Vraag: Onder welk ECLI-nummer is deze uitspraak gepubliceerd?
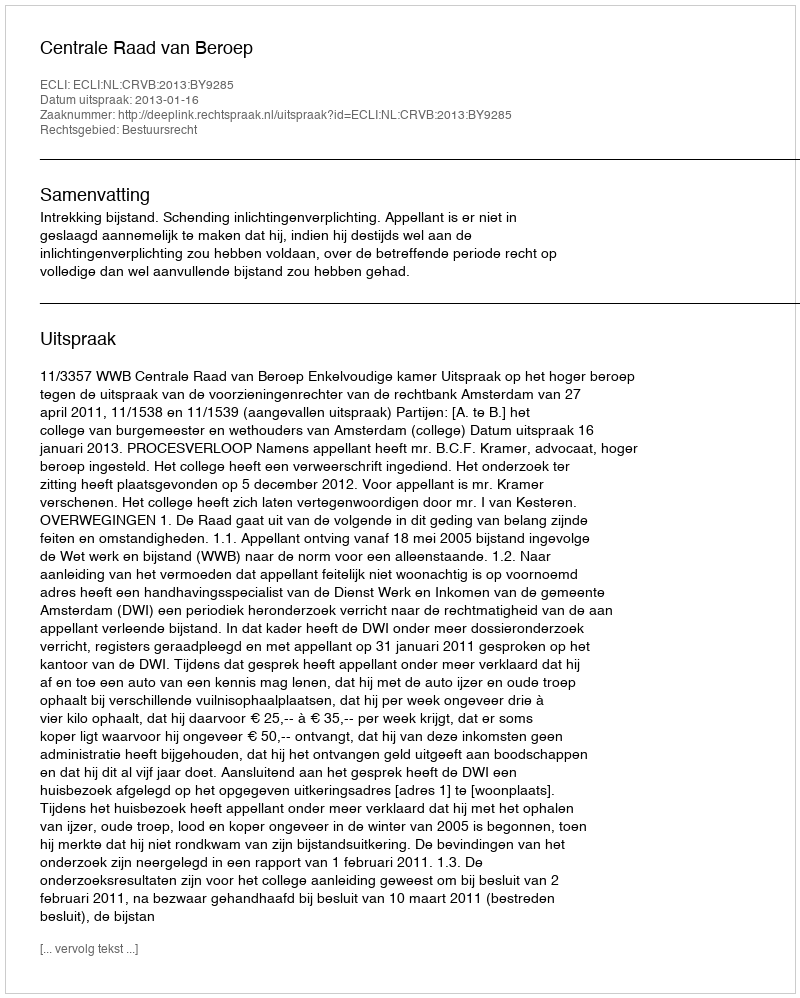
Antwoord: ECLI:NL:CRVB:2013:BY9285